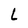
Character: L